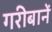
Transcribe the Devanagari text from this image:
गरीबानें